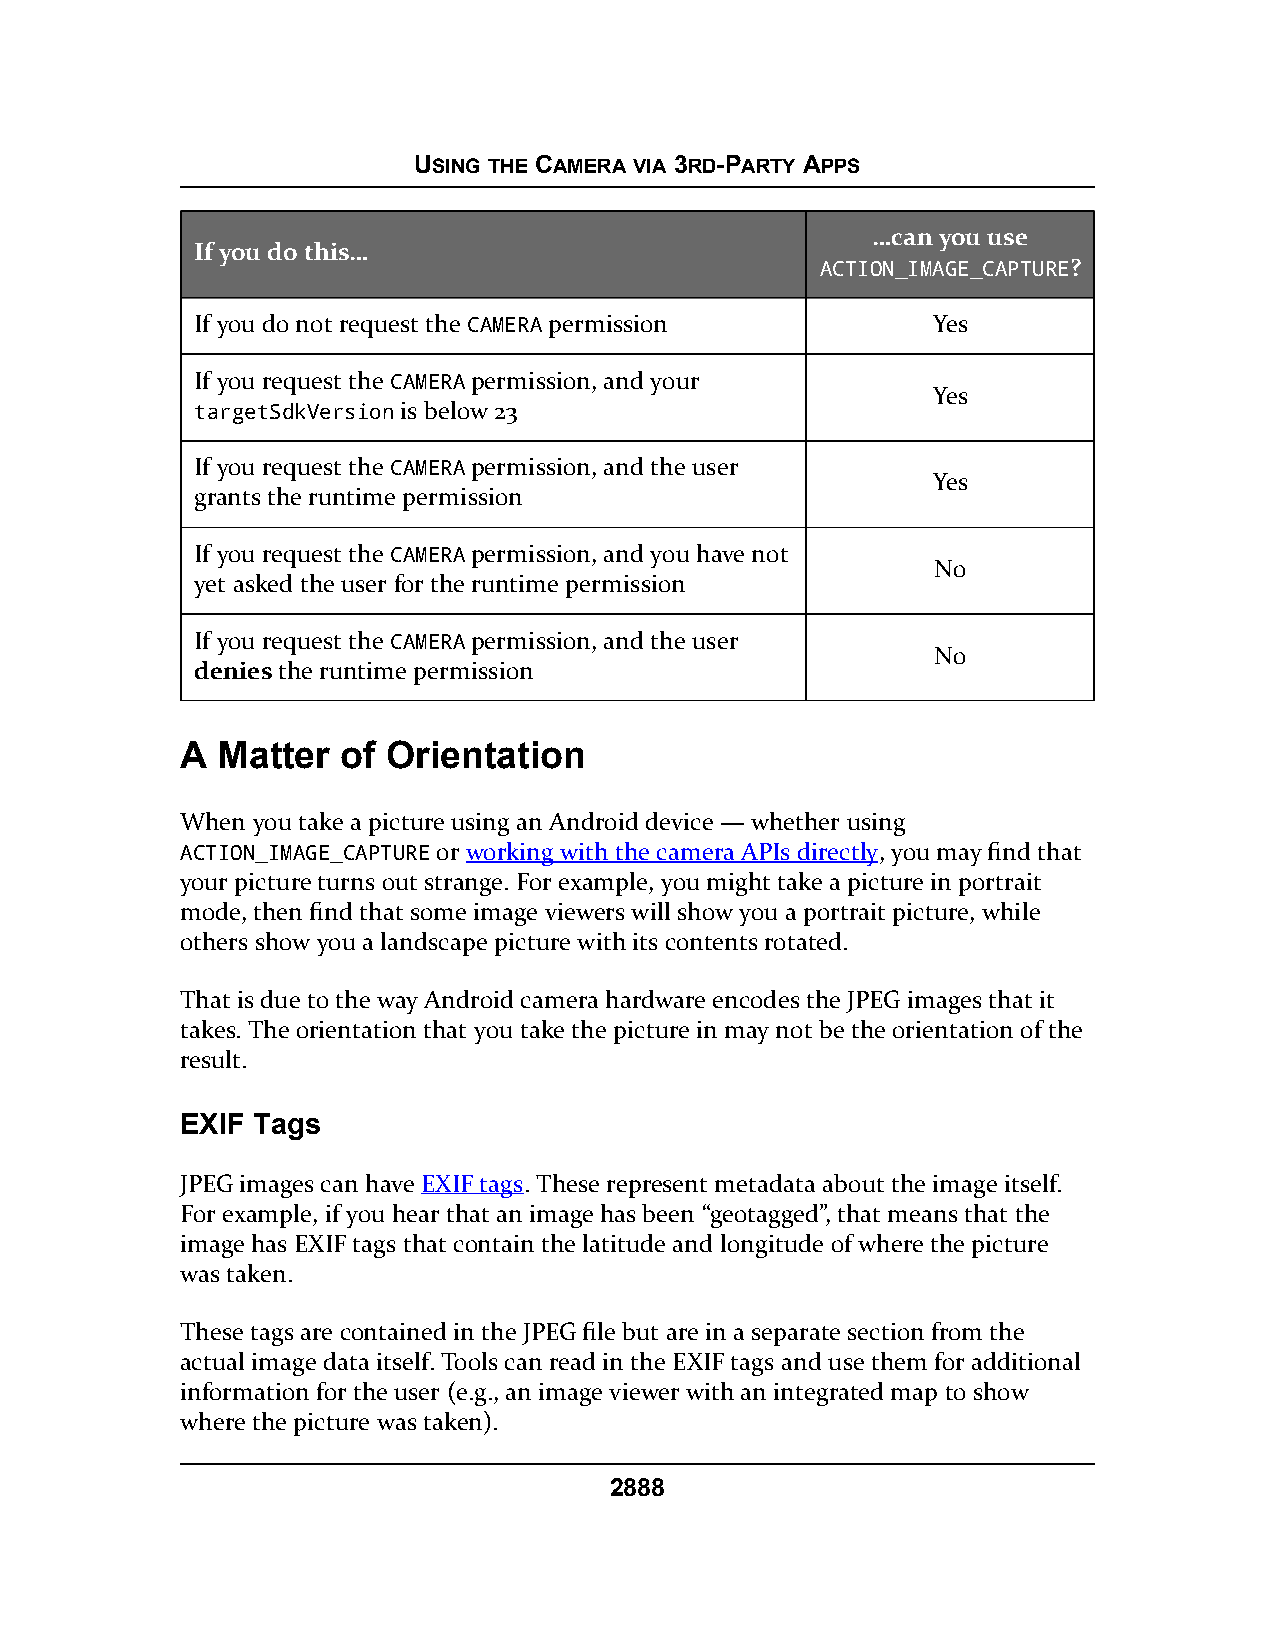
USING THE CAMERA VIA 3RD-PARTY APPS
 …can you use
 If you do this…
 AACCTTIIOONN__IIMMAAGGEE__CCAAPPTTUURREE?
 If you do not request the CAMERA permission      Yes
 If you request the CAMERA permission, and your
 Yes
 targetSdkVersion is below 23
 If you request the CAMERA permission, and the user
 Yes
 grants the runtime permission
 If you request the CAMERA permission, and you have not
 No
 yet asked the user for the runtime permission
 If you request the CAMERA permission, and the user
 No
 denies the runtime permission
 A Matter   of Orientation
 When you take a picture using an Android device — whether using
 ACTION_IMAGE_CAPTURE or working with the camera APIs directly, you may find that
 your picture turns out strange. For example, you might take a picture in portrait
 mode, then find that some image viewers will show you a portrait picture, while
 others show you a landscape picture with its contents rotated.
 That is due to the way Android camera hardware encodes the JPEG images that it
 takes. The orientation that you take the picture in may not be the orientation of the
 result.
 EXIF Tags
 JPEG images can have EXIF tags. These represent metadata about the image itself.
 For example, if you hear that an image has been “geotagged”, that means that the
 image has EXIF tags that contain the latitude and longitude of where the picture
 was taken.
 These tags are contained in the JPEG file but are in a separate section from the
 actual image data itself. Tools can read in the EXIF tags and use them for additional
 information for the user (e.g., an image viewer with an integrated map to show
 where the picture was taken).
 2888